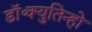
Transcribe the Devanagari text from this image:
डॉ॰क्युतिन्हो